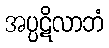
အပ္ပဋိလာဘံ